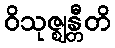
ဝိသုဇ္ဈန္တီတိ